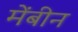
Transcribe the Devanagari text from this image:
मेंबीन